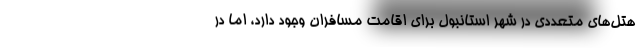
هتل‌های متعددی در شهر استانبول برای اقامت مسافران وجود دارد، اما در